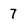
Character: 7